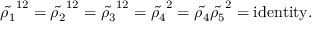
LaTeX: { \tilde { \rho _ { 1 } } } ^ { 1 2 } = { \tilde { \rho _ { 2 } } } ^ { 1 2 } = { \tilde { \rho _ { 3 } } } ^ { 1 2 } = { \tilde { \rho _ { 4 } } } ^ { 2 } = { \tilde { \rho _ { 4 } } } { \tilde { \rho _ { 5 } } } ^ { 2 } = \mathrm { i d e n t i t y } .